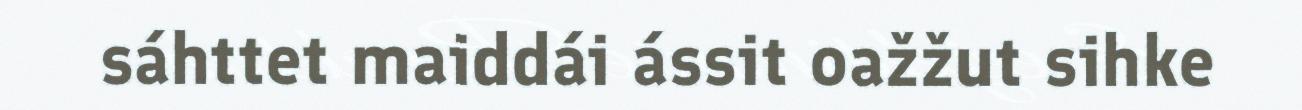
sáhttet maiddái ássit oažžut sihke